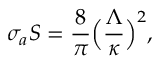
\sigma _ { a } S = \frac { 8 } { \pi } \Big ( \frac { \Lambda } { \kappa } \Big ) ^ { 2 } ,